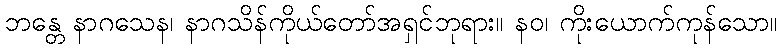
ဘန္တေ နာဂသေန၊ နာဂသိန်ကိုယ်တော်အရှင်ဘုရား။ နဝ၊ ကိုးယောက်ကုန်သော။